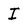
Character: I